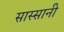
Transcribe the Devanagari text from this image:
सास्सानी